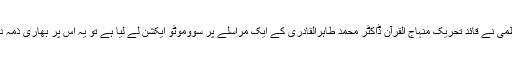
اب اگر عدالت عظمیٰ نے قائد تحریک منہاج القرآن ڈاکٹر محمد طاہرالقادری کے ایک مراسلے پر سووموٹو ایکشن لے لیا ہے تو یہ اس پر بھاری ذمہ داری آن پڑی ہے۔